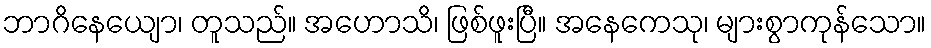
ဘာဂိနေယျော၊ တူသည်။ အဟောသိ၊ ဖြစ်ဖူးပြီ။ အနေကေသု၊ များစွာကုန်သော။